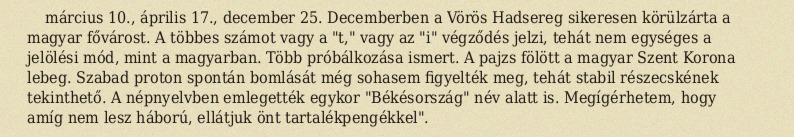
március 10., április 17., december 25. Decemberben a Vörös Hadsereg sikeresen körülzárta a magyar fővárost. A többes számot vagy a "t," vagy az "i" végződés jelzi, tehát nem egységes a jelölési mód, mint a magyarban. Több próbálkozása ismert. A pajzs fölött a magyar Szent Korona lebeg. Szabad proton spontán bomlását még sohasem figyelték meg, tehát stabil részecskének tekinthető. A népnyelvben emlegették egykor "Békésország" név alatt is. Megígérhetem, hogy amíg nem lesz háború, ellátjuk önt tartalékpengékkel".